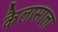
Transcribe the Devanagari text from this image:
कैलासाला